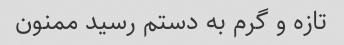
تازه و گرم به دستم رسید ممنون